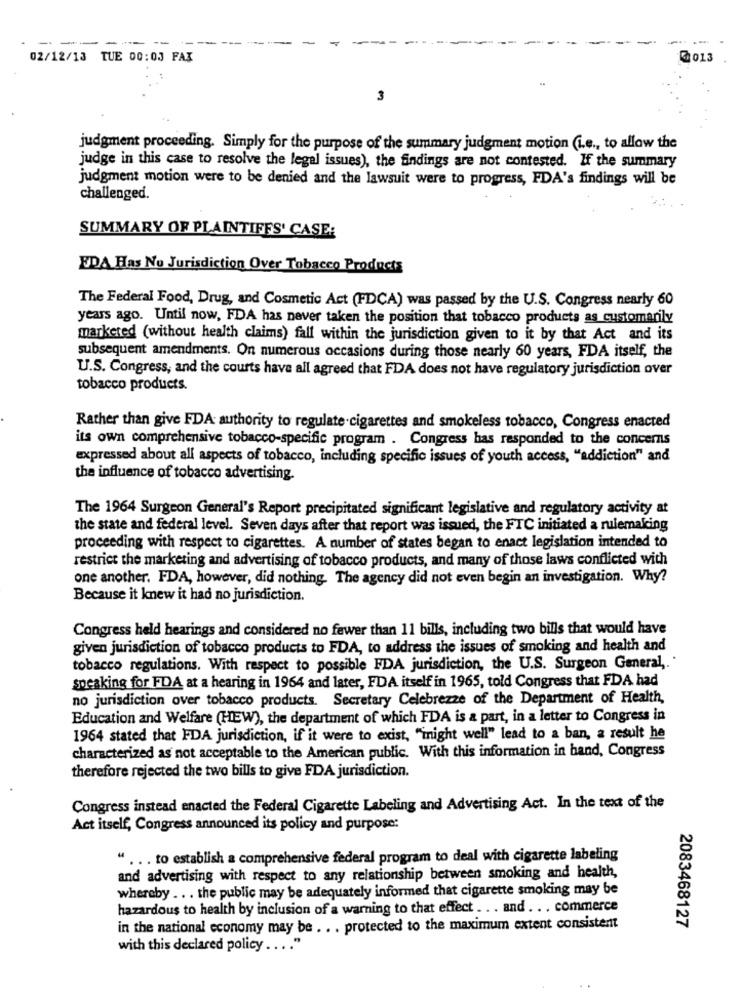
-------
02/12/13 TUE 00:03 FAX
@013
3
judgment proceeding. Simply for the purpose of the summary judgment motion (i.e ., to allow the
judge in this case to resolve the legal issues), the findings are not contested. If the summary
judgment motion were to be denied and the lawsuit were to progress, FDA's findings will be
challenged.
SUMMARY OF PLAINTIFFS' CASE:
EDA Has No Jurisdiction Over Tobacco Products
The Federal Food, Drug, and Cosmetic Act (FDCA) was passed by the U.S. Congress nearly 60
years ago. Until now, FDA has never taken the position that tobacco products as customarily
marketed (without health claims) fall within the jurisdiction given to it by that Act and its
subsequent amendments. On numerous occasions during those nearly 60 years, FDA itself, the
U.S. Congress, and the courts have all agreed that FDA does not have regulatory jurisdiction over
tobacco products.
Rather than give FDA authority to regulate-cigarettes and smokeless tobacco, Congress enacted
its own comprehensive tobacco-specific program . Congress has responded to the concerns
expressed about all aspects of tobacco, including specific issues of youth access, "addiction" and
the influence of tobacco advertising.
The 1964 Surgeon General's Report precipitated significant legislative and regulatory activity at
the state and federal level. Seven days after that report was issued, the FTC initiated a rulemaking
proceeding with respect to cigarettes. A number of states began to enact legislation intended to
restrict the marketing and advertising of tobacco products, and many of those laws conflicted with
one another. FDA, however, did nothing. The agency did not even begin an investigation. Why?
Because it knew it had no jurisdiction.
Congress held hearings and considered no fewer than 11 bills, including two bills that would have
given jurisdiction of tobacco products to FDA, to address the issues of smoking and health and
tobacco regulations. With respect to possible FDA jurisdiction, the U.S. Surgeon General ,..
speaking for FDA at a hearing in 1964 and later, FDA itself in 1965, told Congress that FDA had
no jurisdiction over tobacco products. Secretary Celebrezze of the Department of Health,
Education and Welfare (HEW), the department of which FDA is a part, in a letter to Congress in
1964 stated that FDA jurisdiction, if it were to exist, "inight well" lead to a ban, a result he
characterized as not acceptable to the American public. With this information in hand, Congress
therefore rejected the two bills to give FDA jurisdiction.
Congress instead enacted the Federal Cigarette Labeling and Advertising Act. In the text of the
Act itself, Congress announced its policy and purpose:
" ... to establish a comprehensive federal program to deal with cigarette labeling
and advertising with respect to any relationship between smoking and health,
whereby . . . the public may be adequately informed that cigarette smoking may be
hazardous to health by inclusion of a warning to that effect .. . and ... commerce
2083468127
in the national economy may be . . . protected to the maximum extent consistent
with this declared policy .... "